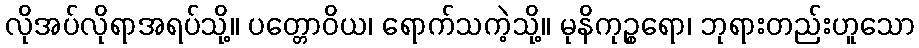
လိုအပ်လိုရာအရပ်သို့။ ပတ္တောဝိယ၊ ရောက်သကဲ့သို့။ မုနိကုဉ္စရော၊ ဘုရားတည်းဟူသော